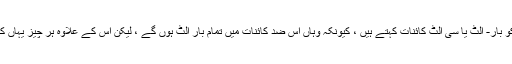
(طبیعیات دان اس کو بار- الٹ یا سی الٹ کائنات کہتے ہیں ، کیونکہ وہاں اس ضد کائنات میں تمام بار الٹ ہوں گے ، لیکن اس کے علاوہ ہر چیز یہاں کے جیسی ہی ہوگی۔